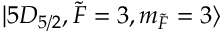
\lvert 5 D _ { 5 / 2 } , \Tilde { F } = 3 , m _ { \Tilde { F } } = 3 \rangle